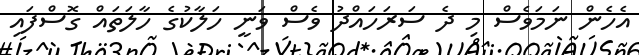
އެހެން ނަމަވެސް މި ދެ ސަރަހައްދު ވެސް ވަނީ ހަލާކުގެ ހާލަތައް ގޮސްފައި